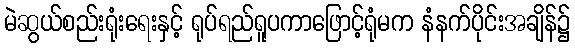
မဲဆွယ်စည်းရုံးရေးနှင့် ရုပ်ရည်ရူပကာဖြောင့်ရုံမက နံနက်ပိုင်းအချိန်၌